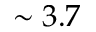
\sim 3 . 7